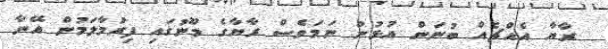
ރާޔާ އެއްޗެއް ބުނަން އުޅުނު ނަމަވެސް ރާޔާގެ މޫނުގައި ފިރުމާލަމުން އޭނާ